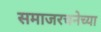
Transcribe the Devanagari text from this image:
समाजरचनेच्या